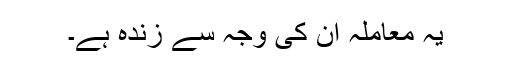
یہ معاملہ ان کی وجہ سے زندہ ہے۔